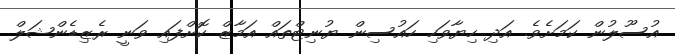
އުސޫލުން ކަމަށެވެ. އަދި ހިޔާވަހި ހައުސިން ޔުނިޓްތައް އަމާޒް ކޮށްފައި ވަނީ ރެޒިޑެންޝަލް